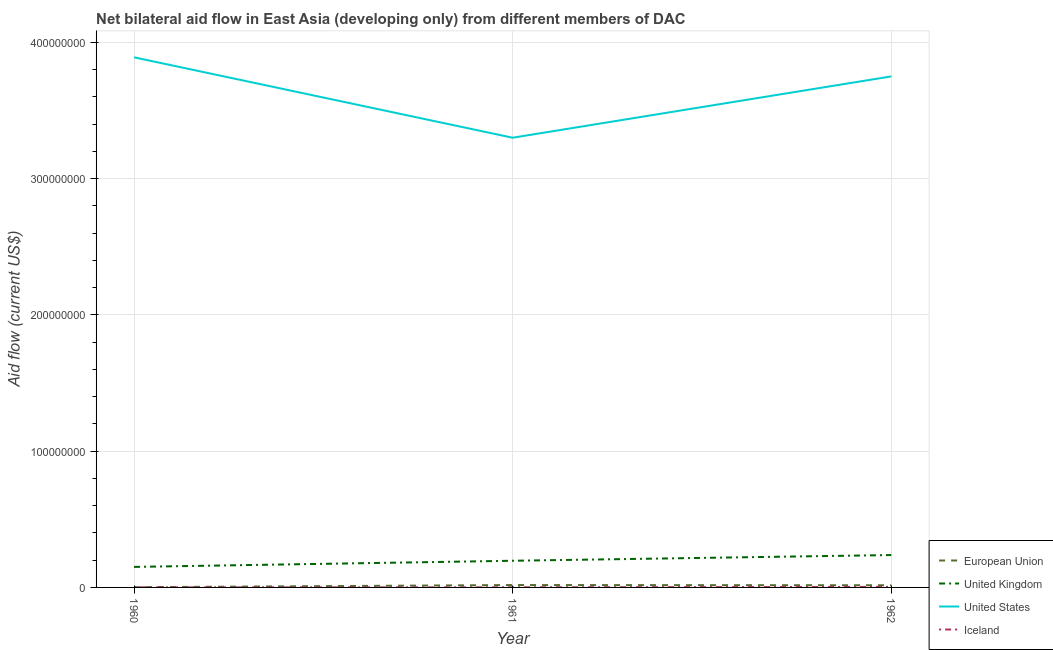
| Year | European Union | United Kingdom | United States | Iceland |
 | --- | --- | --- | --- | --- |
 | 1960 | 1.6e+05 | 1.51e+07 | 3.89e+08 | 6e+04 |
 | 1961 | 1.74e+06 | 1.96e+07 | 3.3e+08 | 8e+04 |
 | 1962 | 1.58e+06 | 2.38e+07 | 3.75e+08 | 4e+05 |